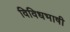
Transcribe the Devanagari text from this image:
विविधभाषी